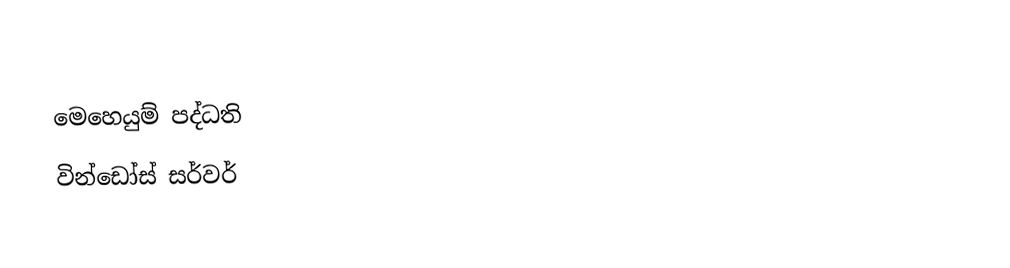
මෙහෙයුම් පද්ධති
වින්ඩෝස් සර්වර්